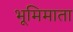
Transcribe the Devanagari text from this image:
भूमिमाता